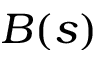
B ( s )